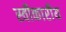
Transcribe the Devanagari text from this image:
स्वीकारीय